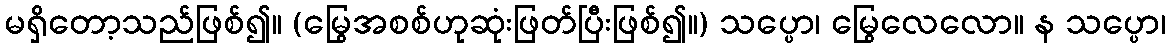
မရှိတော့သည်ဖြစ်၍။ (မြွေအစစ်ဟုဆုံးဖြတ်ပြီးဖြစ်၍။) သပ္ပော၊ မြွေလေလော။ န သပ္ပော၊